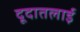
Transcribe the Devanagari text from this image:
दूदातलाई